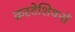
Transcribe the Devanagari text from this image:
क्रस्टेशियनों